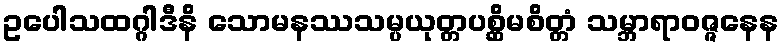
ဥပေါသထဂ္ဂါဒီနိ သောမနဿသမ္ပယုတ္တပစ္ဆိမစိတ္တံ သမ္ဘာရာဝဇ္ဇနေန